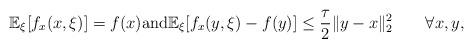
LaTeX: \begin{align*}\mathbb{E}_{\xi}[f_{x}(x,\xi)]=f(x)\textrm{and}\mathbb{E}_{\xi}[f_{x}(y,\xi)-f(y)]\leq \frac{\tau}{2}\|y-x\|^2_2\qquad\forall x,y,\end{align*}